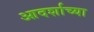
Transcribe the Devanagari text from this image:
आदर्शाच्‍या